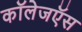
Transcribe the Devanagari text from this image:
कॉलेजऍस